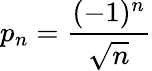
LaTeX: p_{n}={\frac{(-1)^{n}}{\sqrt{n}}}